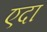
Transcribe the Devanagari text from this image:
एदा